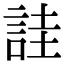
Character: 詿